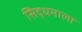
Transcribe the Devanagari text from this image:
सिद्धमाला